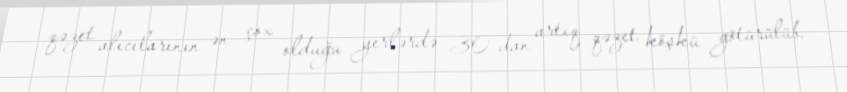
qəzet alıcılarının ən çox olduğu yerlərdə 30-dan artıq qəzet köşkü götürülüb.